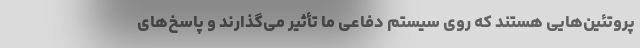
پروتئین‌هایی هستند که روی سیستم دفاعی ما تأثیر می‌گذارند و پاسخ‌های